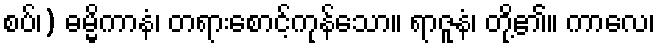
စပ်၊) ဓမ္မိကာနံ၊ တရားစောင့်ကုန်သော။ ရာဇူနံ၊ တို့၏။ ကာလေ၊